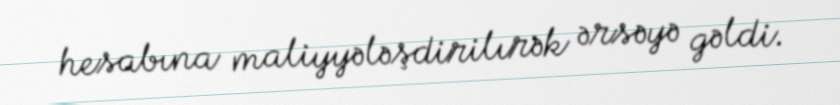
hesabına maliyyələşdirilırək ərsəyə gəldi.